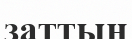
заттың